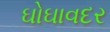
ઘોઘાવદર